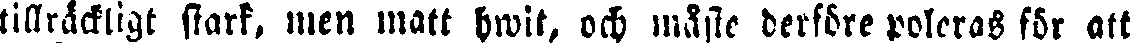
tillräckligt stark, men matt hwit, och måste derföre poleras för att